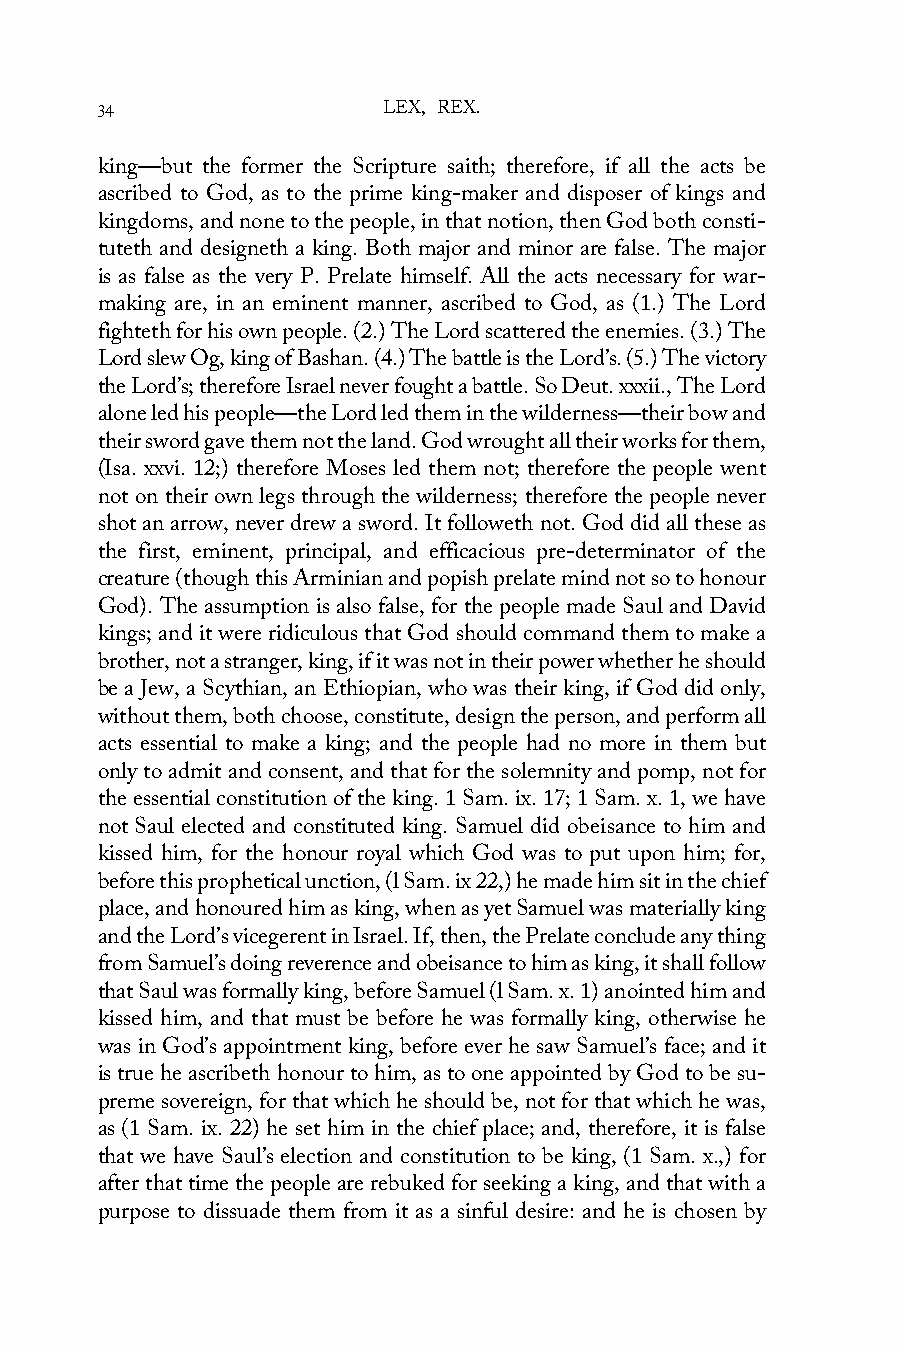
34                 LEX, REX.
 king—but the former the Scripture saith; therefore, if all the acts be
 ascribed to God, as to the prime king-maker and disposer of kings and
 kingdoms, and none to the people, in that notion, then God both consti-
 tuteth and designeth a king. Both major and minor are false. The major
 is as false as the very P. Prelate himself. All the acts necessary for war-
 making are, in an eminent manner, ascribed to God, as (1.) The Lord
 fighteth for his own people. (2.) The Lord scattered the enemies. (3.) The
 Lord slew Og, king of Bashan. (4.) The battle is the Lord’s. (5.) The victory
 the Lord’s; therefore Israel never fought a battle. So Deut. xxxii., The Lord
 alone led his people—the Lord led them in the wilderness—their bow and
 their sword gave them not the land. God wrought all their works for them,
 (Isa. xxvi. 12;) therefore Moses led them not; therefore the people went
 not on their own legs through the wilderness; therefore the people never
 shot an arrow, never drew a sword. It followeth not. God did all these as
 the first, eminent, principal, and efficacious pre-determinator of the
 creature (though this Arminian and popish prelate mind not so to honour
 God). The assumption is also false, for the people made Saul and David
 kings; and it were ridiculous that God should command them to make a
 brother, not a stranger, king, if it was not in their power whether he should
 be a Jew, a Scythian, an Ethiopian, who was their king, if God did only,
 without them, both choose, constitute, design the person, and perform all
 acts essential to make a king; and the people had no more in them but
 only to admit and consent, and that for the solemnity and pomp, not for
 the essential constitution of the king. 1 Sam. ix. 17; 1 Sam. x. 1, we have
 not Saul elected and constituted king. Samuel did obeisance to him and
 kissed him, for the honour royal which God was to put upon him; for,
 before this prophetical unction, (l Sam. ix 22,) he made him sit in the chief
 place, and honoured him as king, when as yet Samuel was materially king
 and the Lord’s vicegerent in Israel. If, then, the Prelate conclude any thing
 from Samuel’s doing reverence and obeisance to him as king, it shall follow
 that Saul was formally king, before Samuel (l Sam. x. 1) anointed him and
 kissed him, and that must be before he was formally king, otherwise he
 was in God’s appointment king, before ever he saw Samuel’s face; and it
 is true he ascribeth honour to him, as to one appointed by God to be su-
 preme sovereign, for that which he should be, not for that which he was,
 as (1 Sam. ix. 22) he set him in the chief place; and, therefore, it is false
 that we have Saul’s election and constitution to be king, (1 Sam. x.,) for
 after that time the people are rebuked for seeking a king, and that with a
 purpose to dissuade them from it as a sinful desire: and he is chosen by